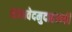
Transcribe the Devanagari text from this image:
सामवेदमुदाहरन्तीं